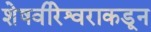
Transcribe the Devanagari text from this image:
शेषवीरेश्वराकडून